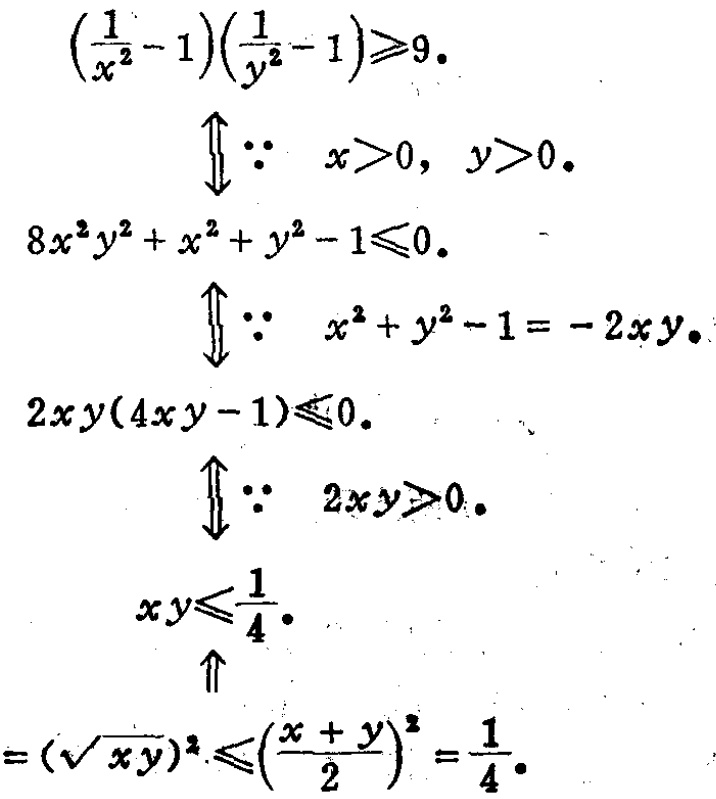
\begin{align*}

&\left(\frac{1}{x^{2}} - 1\right)\left(\frac{1}{y^{2}} - 1\right)\geqslant9.\\

&\Downarrow\because\ x>0,\ y>0.\\

&8x^{2}y^{2}+x^{2}+y^{2}-1\leqslant0.\\

&\Downarrow\because\ x^{2}+y^{2}-1=-2xy.\\

&2xy(4xy - 1)\leqslant0.\\

&\Downarrow\because\ 2xy>0.\\

&xy\leqslant\frac{1}{4}.\\

&\uparrow\\

&=(\sqrt{xy})^{2}\leqslant\left(\frac{x + y}{2}\right)^{2}=\frac{1}{4}.

\end{align*}